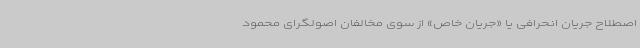
اصطلاح جریان انحرافی یا «جریان خاص» از سوی مخالفان اصولگرای محمود